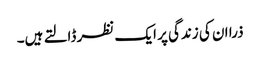
ذرا ان کی زندگی پر ایک نظر ڈالتے ہیں۔